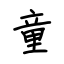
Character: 童